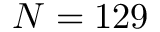
N = 1 2 9